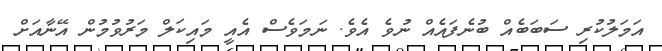
އަމަލުކުރި ސަބަބެއް ބުނެފައެއް ނުވެ އެވެ. ނަމަވެސް އެއީ މައިކަލް މަރުވުމުން އޭނާއަށް